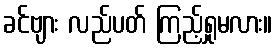
ခင်ဗျား လည်ပတ် ကြည့်ရှုမလား။